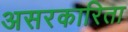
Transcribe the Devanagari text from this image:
असरकारिता